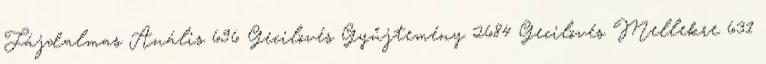
Fájdalmas Anális 696 Gecilövés Gyűjtemény 2684 Gecilövés Mellekre 631